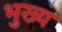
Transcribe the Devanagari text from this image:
भुख्य